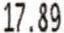
17.89